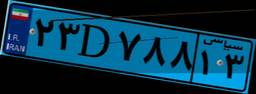
۶۲D۲۲۸۶۲